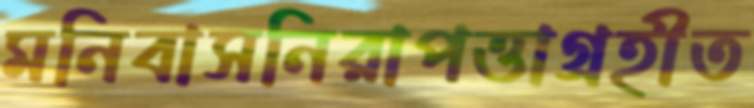
মনিবাসনিরাপত্তাগ্রহীত